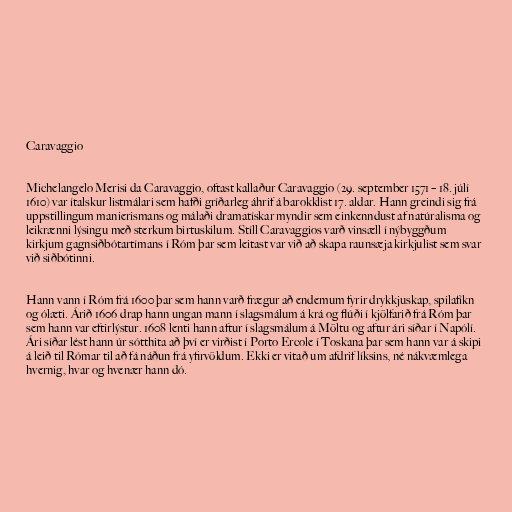
Caravaggio

Michelangelo Merisi da Caravaggio, oftast kallaður Caravaggio (29. september 1571 – 18. júlí
1610) var ítalskur listmálari sem hafði gríðarleg áhrif á barokklist 17. aldar. Hann greindi sig frá
uppstillingum manierismans og málaði dramatískar myndir sem einkenndust af natúralisma og
leikrænni lýsingu með sterkum birtuskilum. Stíll Caravaggios varð vinsæll í nýbyggðum
kirkjum gagnsiðbótartímans í Róm þar sem leitast var við að skapa raunsæja kirkjulist sem svar
við siðbótinni.

Hann vann í Róm frá 1600 þar sem hann varð frægur að endemum fyrir drykkjuskap, spilafíkn
og ólæti. Árið 1606 drap hann ungan mann í slagsmálum á krá og flúði í kjölfarið frá Róm þar
sem hann var eftirlýstur. 1608 lenti hann aftur í slagsmálum á Möltu og aftur ári síðar í Napólí.
Ári síðar lést hann úr sótthita að því er virðist í Porto Ercole í Toskana þar sem hann var á skipi
á leið til Rómar til að fá náðun frá yfirvöldum. Ekki er vitað um afdrif líksins, né nákvæmlega
hvernig, hvar og hvenær hann dó.